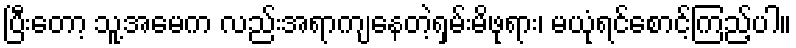
ပြီးတော့ သူ့အမေက လည်းအရာကျနေတဲ့ရှမ်းမိဖုရား၊ မယုံရင်စောင့်ကြည့်ပါ။